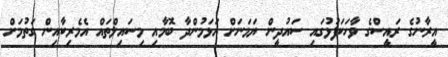
އީރާނުގެ ރައީސްގެ ވާހަކަފުޅުގައި ސައުދީން ޔަމަނަށް އަޅަމުންދާ ބޮމާއި މިސައިލްތައް އެމެރިކާއިން ގަތުމަށް